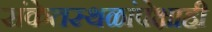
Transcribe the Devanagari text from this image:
संकेतस्थळांपेक्षाही